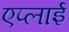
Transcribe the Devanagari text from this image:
एप्लाई